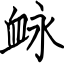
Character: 䘑